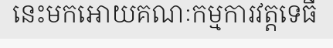
នេះមកអោយគណៈកម្មការវត្តទេធី